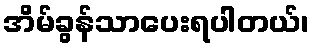
အိမ်ခွန်သာပေးရပါတယ်၊